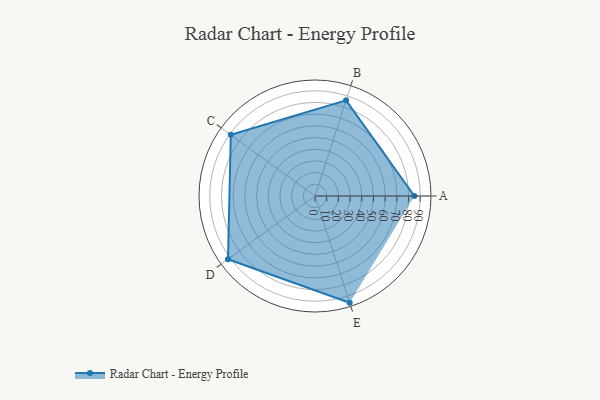
{"axis": {"x": "Skill", "y": "Score"}, "legend": ["Profile"], "data": [{"x": "A", "y": 85.0, "type": "Profile"}, {"x": "B", "y": 86.0, "type": "Profile"}, {"x": "C", "y": 89.0, "type": "Profile"}, {"x": "D", "y": 92.0, "type": "Profile"}, {"x": "E", "y": 96.0, "type": "Profile"}]}